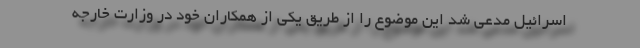
اسرائیل مدعی شد این موضوع را از طریق یکی از همکاران خود در وزارت خارجه